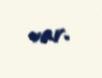
var.